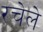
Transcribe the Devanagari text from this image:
रचेले